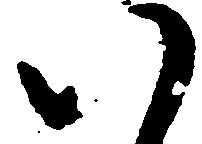
八